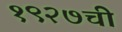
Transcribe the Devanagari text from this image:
१९२७ची